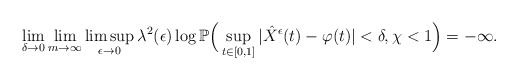
\begin{align*}\lim_{\delta\to0}\lim_{m\to\infty}\limsup_{\epsilon\to0}\lambda^2(\epsilon)\log\mathbb P\Big(\sup_{t\in[0,1]}|\hat{X}^{\epsilon}(t)-\varphi(t)|<\delta, \chi<1\Big)=-\infty.\end{align*}